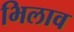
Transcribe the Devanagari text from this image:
भिलाव